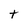
Character: t